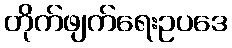
တိုက်ဖျက်ရေးဥပဒေ